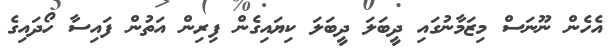
އެހެން ނޫނަސް މިޒަމާނުގައި ދީބަލަ ދީބަލަ ކިޔައިގެން ފިރިން އަތުން ފައިސާ ހޯދައިގެ